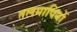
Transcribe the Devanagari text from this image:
तलमापियों